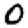
Digit: 0